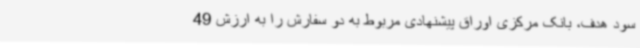
سود هدف، بانک مرکزی اوراق پیشنهادی مربوط به دو سفارش را به ارزش 49